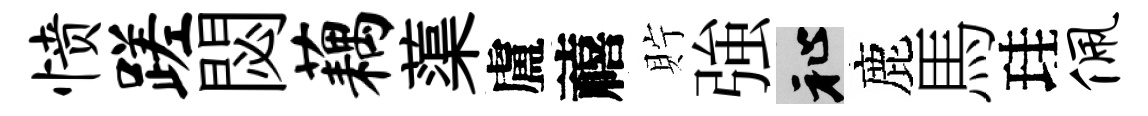
愤蹉閟藕蕖盧禧貯強祉鹿馬珪佩